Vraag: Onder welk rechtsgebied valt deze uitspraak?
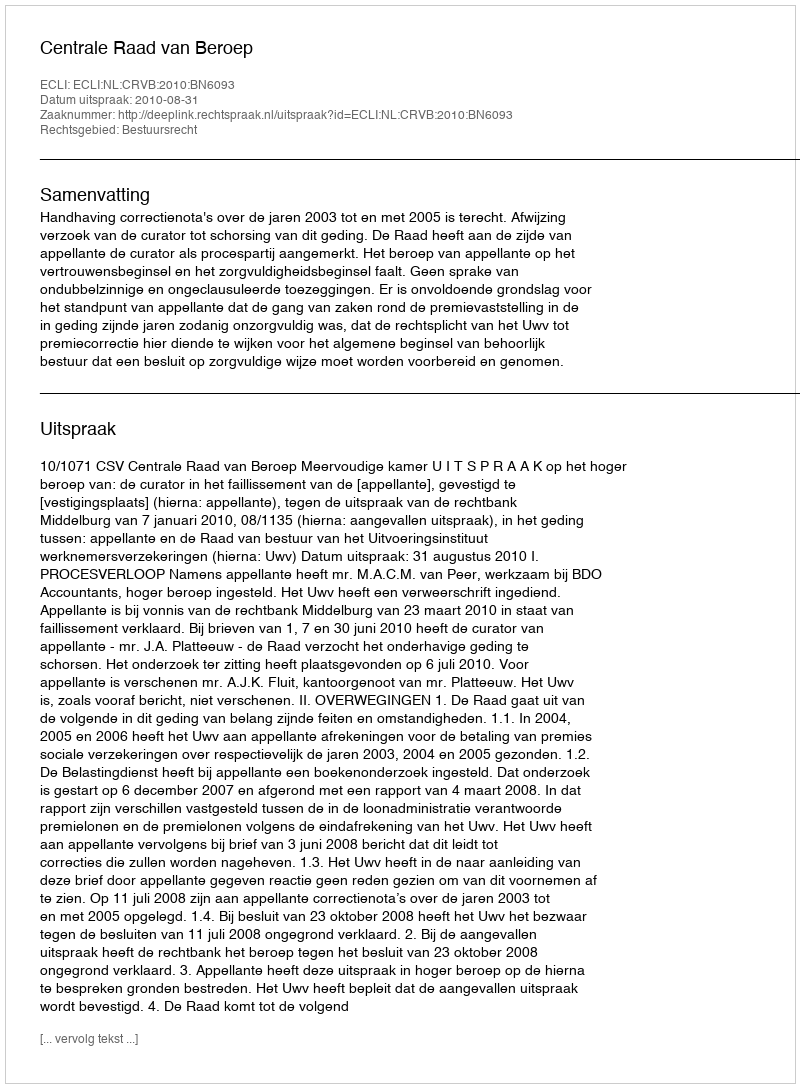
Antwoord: Bestuursrecht